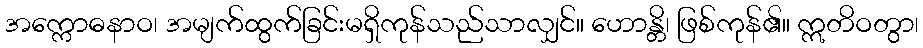
အက္ကောဓနာဝ၊ အမျက်ထွက်ခြင်းမရှိကုန်သည်သာလျှင်။ ဟောန္တိ၊ ဖြစ်ကုန်၏။ ဣတိဝတွာ၊